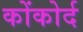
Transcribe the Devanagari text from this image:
कोंकोर्द